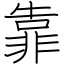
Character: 靠